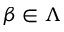
\beta \in \Lambda